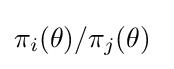
\pi _{i}(\theta )/\pi _{j}(\theta )\